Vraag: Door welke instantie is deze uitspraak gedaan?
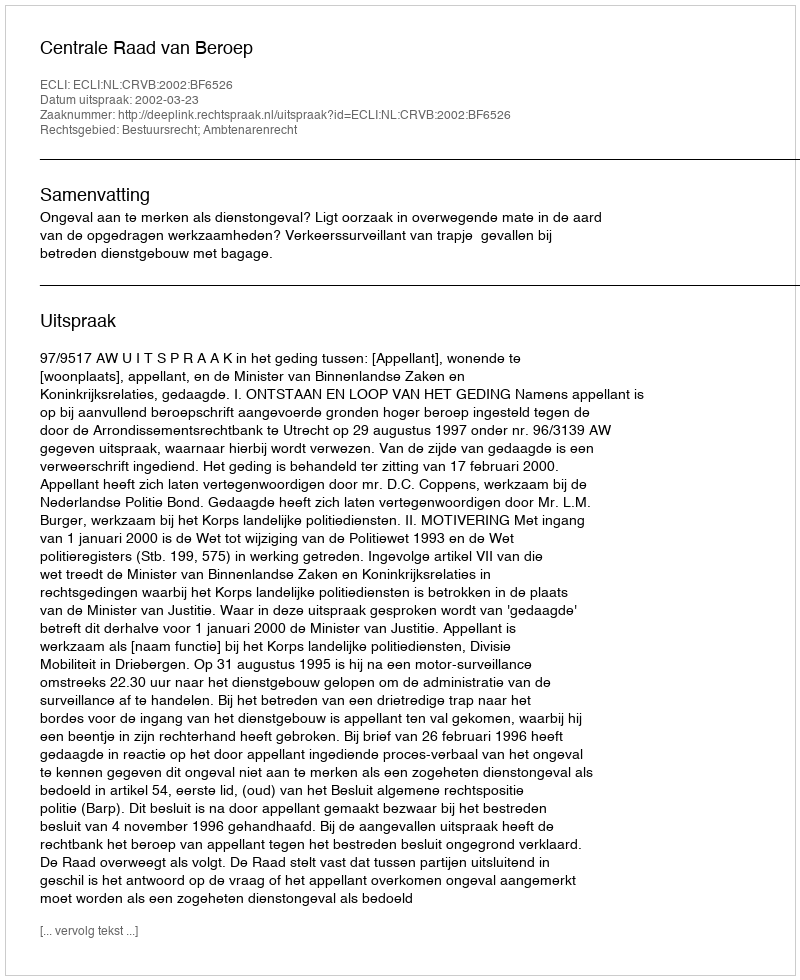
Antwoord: Centrale Raad van Beroep